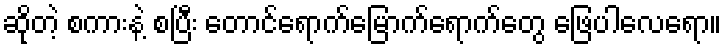
ဆိုတဲ့ စကားနဲ့ စပြီး တောင်ရောက်မြောက်ရောက်တွေ ဖြေပါလေရော။